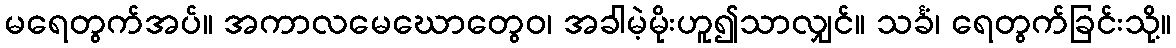
မရေတွက်အပ်။ အကာလမေဃောတွေဝ၊ အခါမဲ့မိုးဟူ၍သာလျှင်။ သင်္ခံ၊ ရေတွက်ခြင်းသို့။